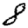
Digit: 8